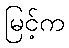
မြင့်က